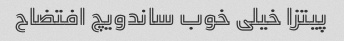
پیتزا خیلی خوب ساندویچ افتضاح